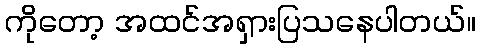
ကိုတော့ အထင်အရှားပြသနေပါတယ်။